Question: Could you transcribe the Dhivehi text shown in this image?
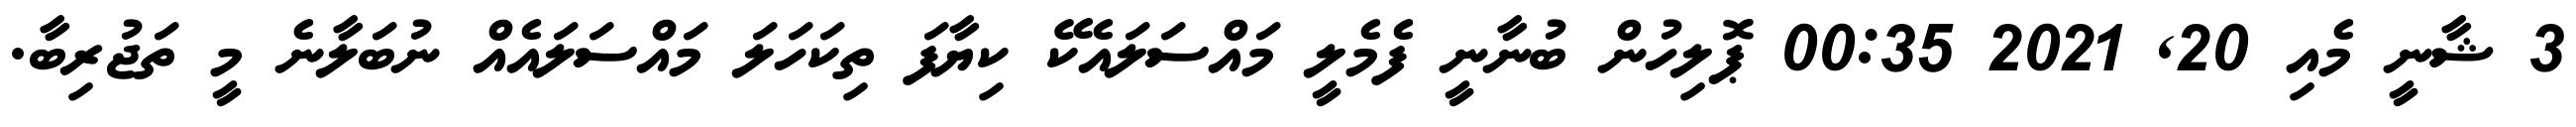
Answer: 3 ޝާނީ މެއި 20, 2021 00:35 ޕޮލިހުން ބުނާނީ ފެމެލީ މައްސަލައެކޭ ކިޔާފަ ތިކަހަލަ މައްސަލައެއް ނުބަލާނެ މީ ތަޖުރިބާ.